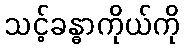
သင့်ခန္ဓာကိုယ်ကို